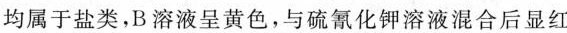
均属于盐类，B溶液呈黄色，与硫氰化钾溶液混合后显红